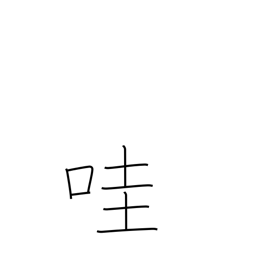
Meaning: laughing child's voice